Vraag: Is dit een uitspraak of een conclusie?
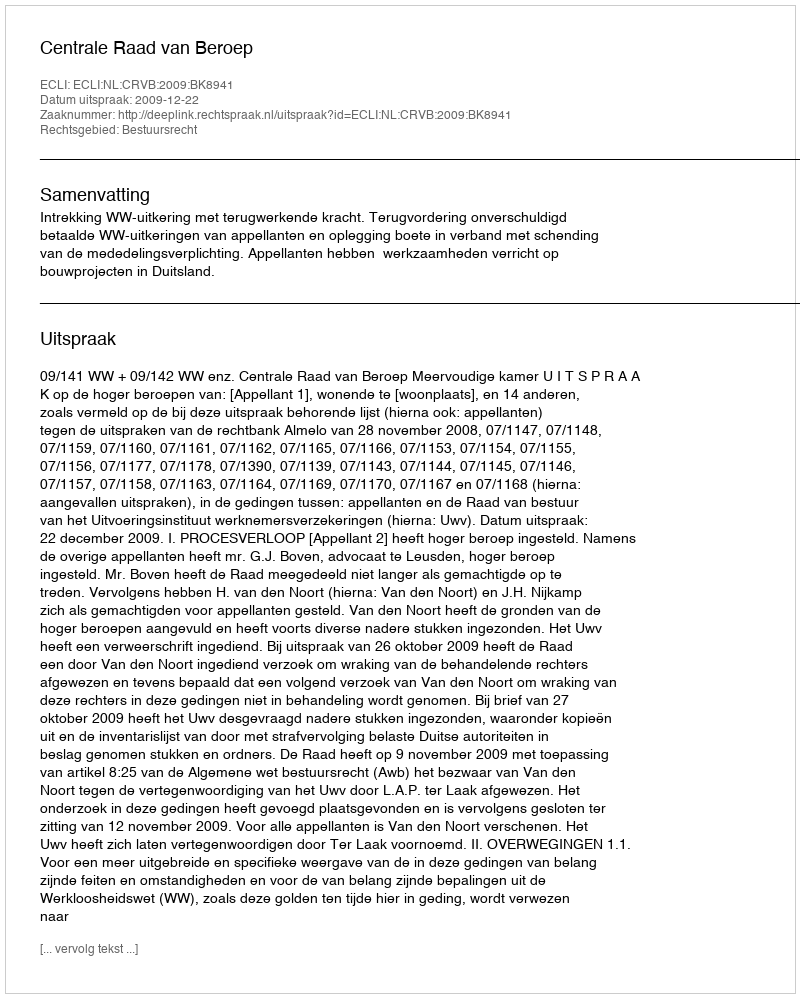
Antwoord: Uitspraak